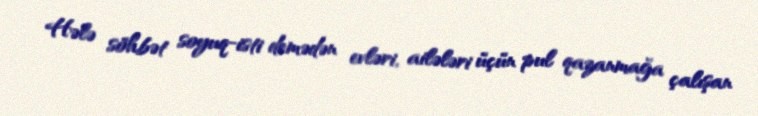
Hələ söhbət soyuq-isti demədən evləri, ailələri üçün pul qazanmağa çalışan